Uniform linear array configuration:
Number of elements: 64
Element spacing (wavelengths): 0.5
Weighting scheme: hamming
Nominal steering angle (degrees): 15
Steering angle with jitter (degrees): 13.275
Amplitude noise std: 0.05
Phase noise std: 0.05

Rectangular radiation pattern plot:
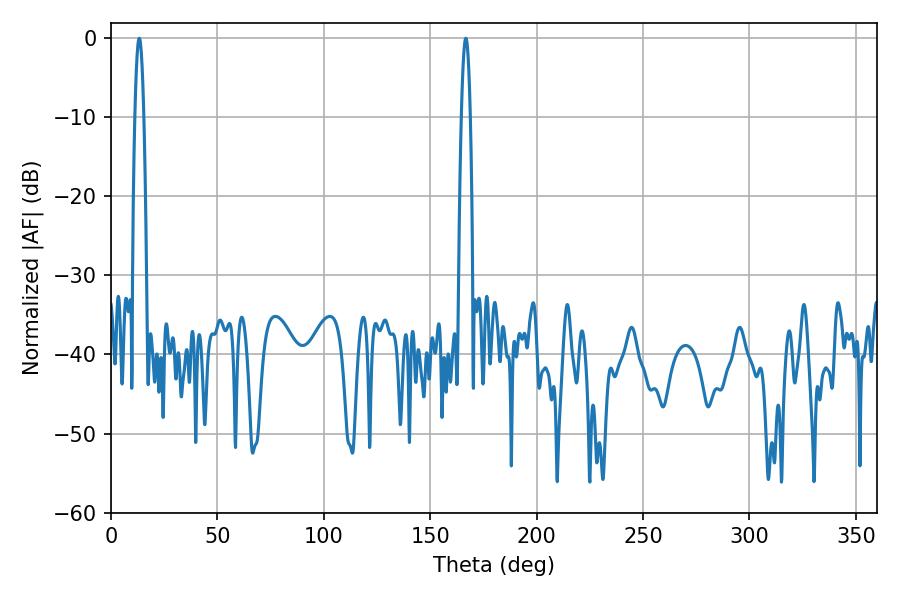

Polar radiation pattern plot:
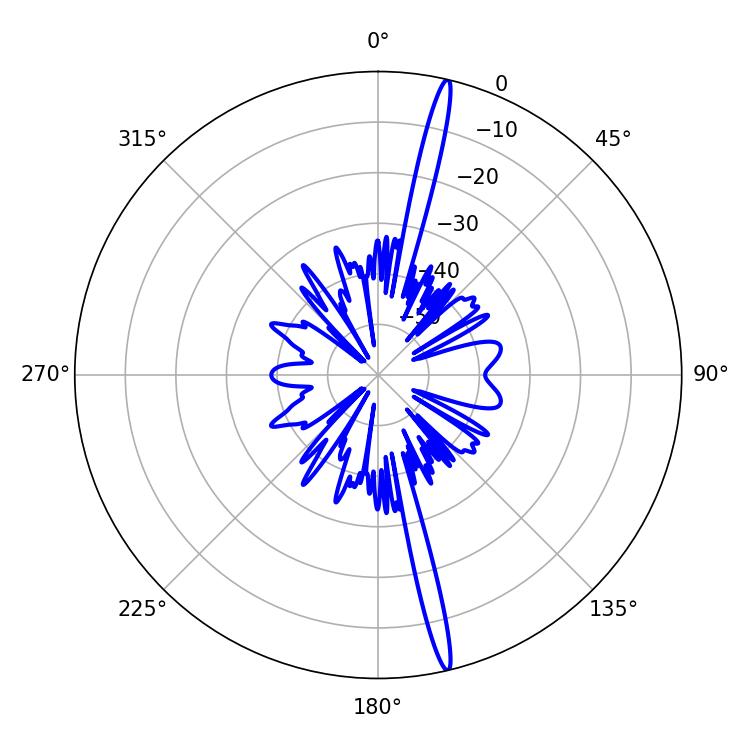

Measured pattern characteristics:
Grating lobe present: FALSE
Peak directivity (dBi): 19.906
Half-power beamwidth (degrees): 2.16
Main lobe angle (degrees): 166.68